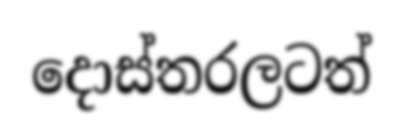
දොස්තරලටත්